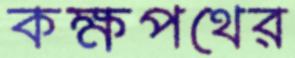
কক্ষপথের